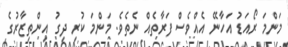
މަންމަ ރޯއަޑު އަހާނޭ އެއްވެސް ފަރާތެއް ނެތެވެ. މަންމަ ކުރި ދިގު އިންތިޒާރުގެ